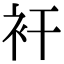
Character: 衦